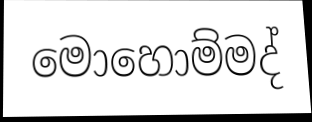
මොහොම්මද්